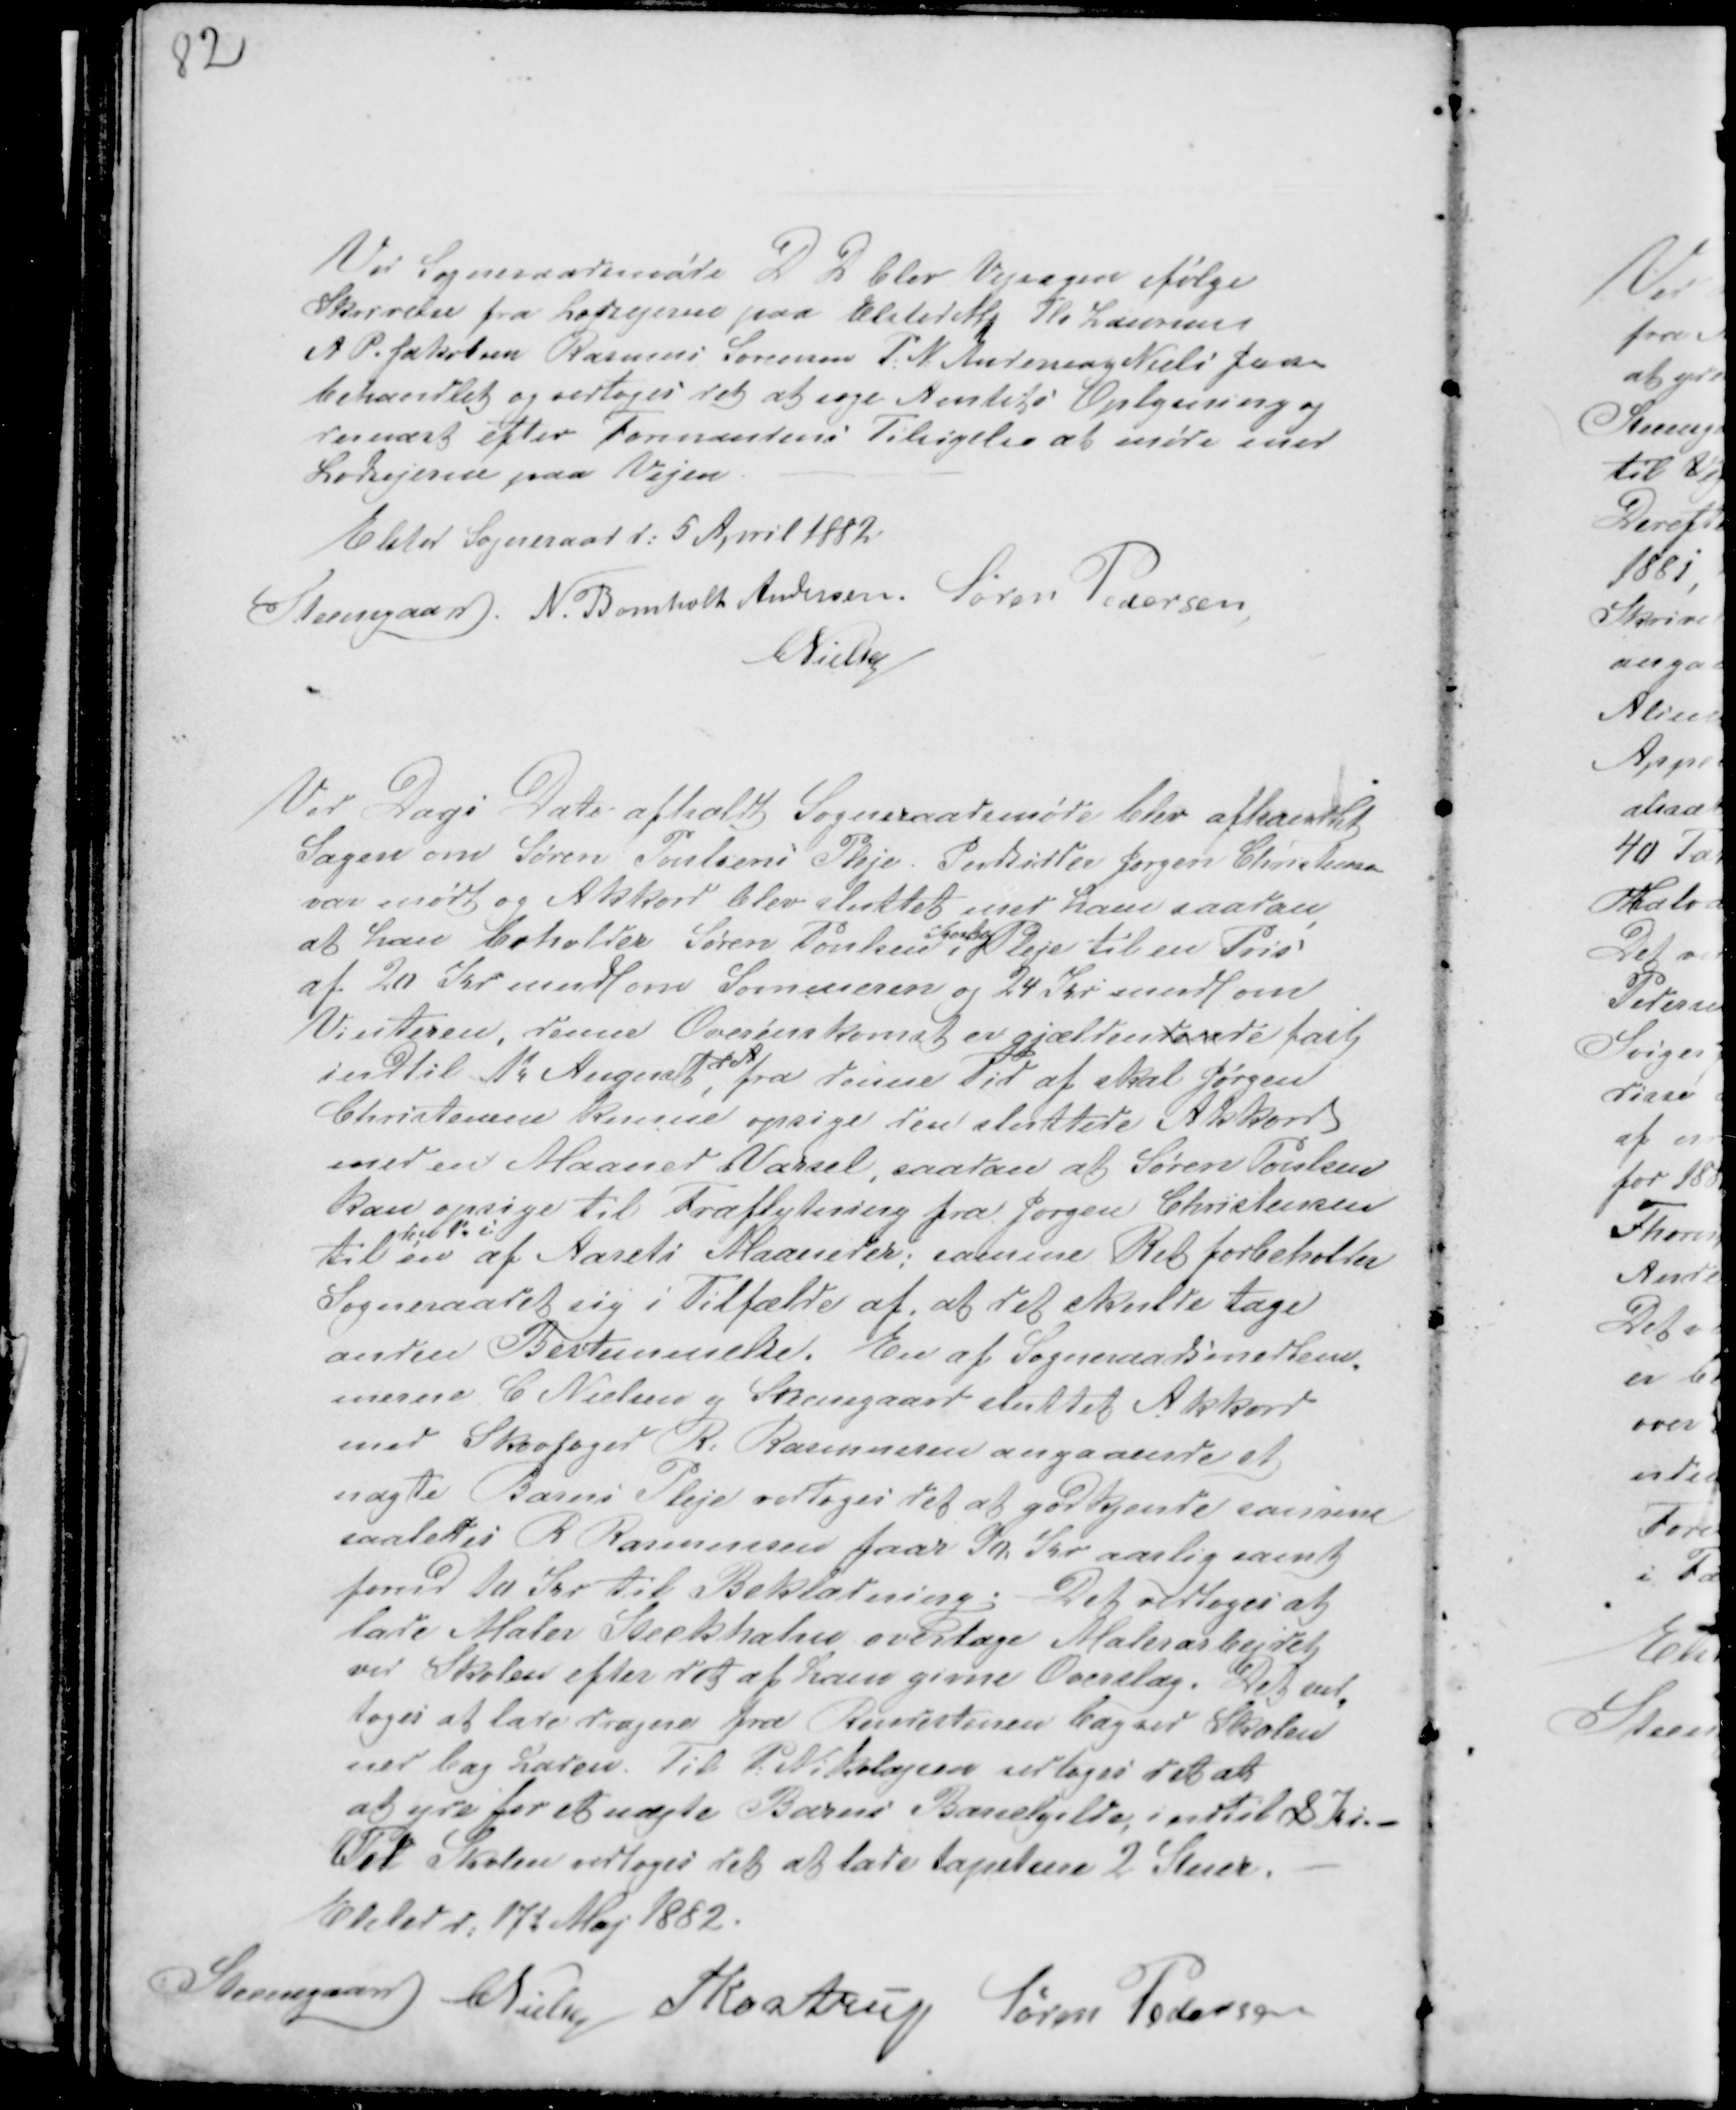
Transskription:
Ved Sogneraadsmøde D D blev Vejsagen ifølge
Skrivelse fra Lodsejerne paa Elsted M Th Laursen
A P. Jakobsen Rasmus Sørensen P: N:  Andersen g Niels Jensen
behandlet og vedtoges det at søge Amtets Oplysning og
dernæst efter Formandens Tilsigelse at møde med
Lodsejere paa Vejen.
Elsted Sogneraad d: 5 April 1882.
Steensgaard. N. Bomholt Andersen. Søren Pedersen
CNielsen

Ved Dags Dato afholdt Sogneraadsmøde blev afhandlet
Sagen om Søren Poulsens Pleje. Indsidder Jørgen Christensen
var mødt og Akkord blev sluttet med ham saadan
at han beholder Søren Poulsen i
kost og
Pleje til en Pris
af 20 Kr mndl om Sommeren og 24 Kr mndl om
Vinteren, denne Overenskomst er Gjældendende fast
indtil 1d August,
d A
fra denne Tid af skal Jørgen
Christensen kunne opsige den sluttede Akkord
med en Maaned Varsel, saadan at Søren Poulsen
kan opsige til Fraflytning fra Jørgen Christensen
til
den 1d i
en af Aarets Maaneder; samme Ret forbeholder
Sogneraadet sig i Tilfælde af at det skulle tage
anden Bestemmelse. En af Sogneraadsmedlem-
merne C Nielsen g Steensgaard sluttet Akkord
med Skovfoged R Rasmussen angaaende et
uægte Barns Pleje vedtoges det at godkjende samme
saaledes R Rasmussen faar 90 Kr aarlig samt
forud 10 Kr til Beklædning. Det vedtoges at
lade Maler Steckhahn overtage Malerarbejdet
ved Skolen efter det af ham givne Overslag. Det ved-
toges at lade dragne fra Rendestenen bag ved Skolen
ned bag Laden. Til P. Nikolajsen vedtoges det at
at yde for et uægte Barns Barselgilde indtil 8 Kr. -
Ved Skolen vedtoges det at lade tapetsere 3 Stuer. -
Elsted d: 17d Maj 1882.
Steensgaard CNielsen
PKastrup
Søren Pedersen